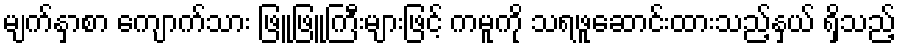
မျက်နှာစာ ကျောက်သား ဖြူဖြူကြီးများဖြင့် ကမူကို သရဖူဆောင်းထားသည့်နှယ် ရှိသည့်